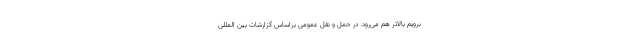
برویم بالاتر هم می‌رود. در حمل و نقل عمومی براساس گزارشات بین المللی